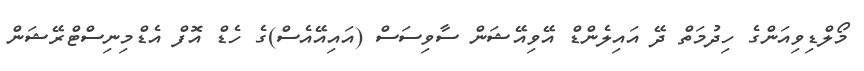
މޯލްޑިވިއަންގެ ހިދުމަތް ދޭ އައިލެންޑް އޭވިއޭޝަން ސާވިސަސް (އައިއޭއެސް)ގެ ހެޑް އޮފް އެޑްމިނިސްޓްރޭޝަން